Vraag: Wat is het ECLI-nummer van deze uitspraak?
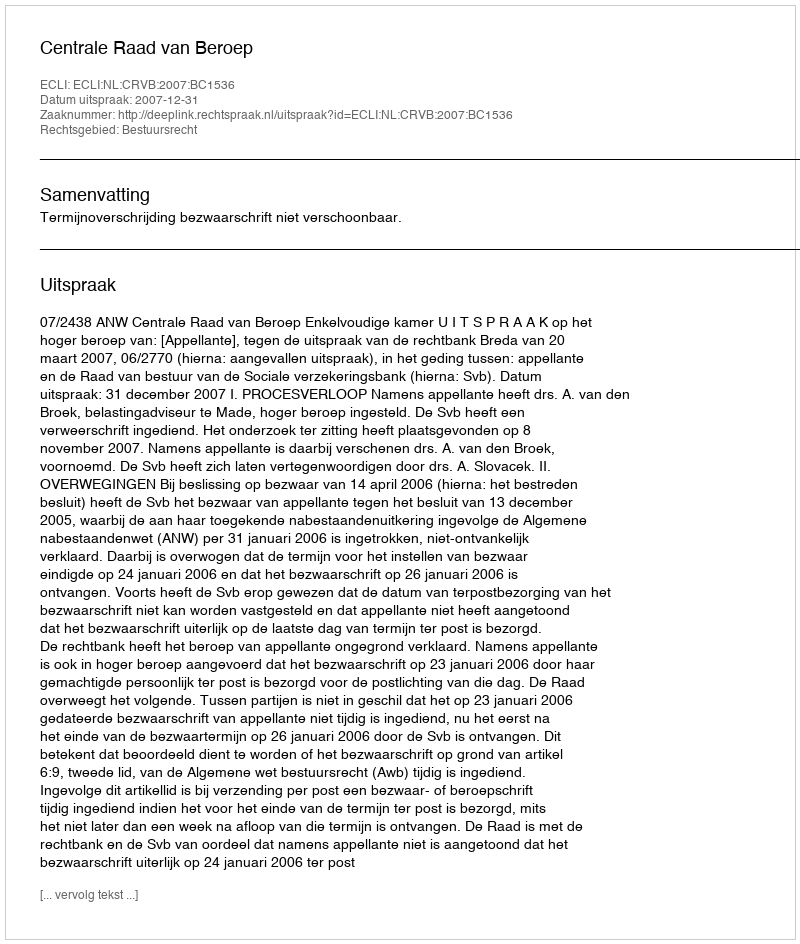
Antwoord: ECLI:NL:CRVB:2007:BC1536